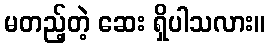
မတည့်တဲ့ ဆေး ရှိပါသလား။